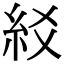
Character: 䋂